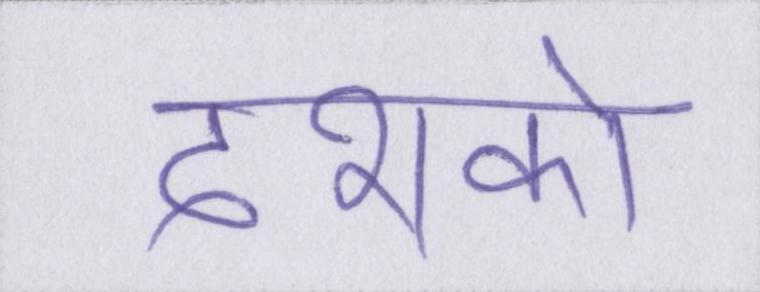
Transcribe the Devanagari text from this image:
दशको